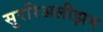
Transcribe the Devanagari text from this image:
सुररिअलीझम